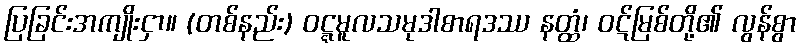
ပြခြင်းအကျိုးငှာ။ (တစ်နည်း) ဝဋ္ဋမူလသမုဒါစာရဒဿ နတ္ထံ၊ ဝဋ်မြစ်တို့၏ လွန်စွာ